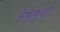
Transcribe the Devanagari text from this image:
तेमेकुला